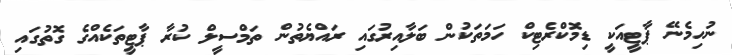
ނުހިމެނޭ ޕާޓީއަކީ ޑިމޮކްރެޓިކް ހަމަތަކުން ބަލާއިރުގައި ރައްޔެތުން ތަމްސީލް ކުރާ ޕާޓީތަކެއްގެ ގޮތުގައި